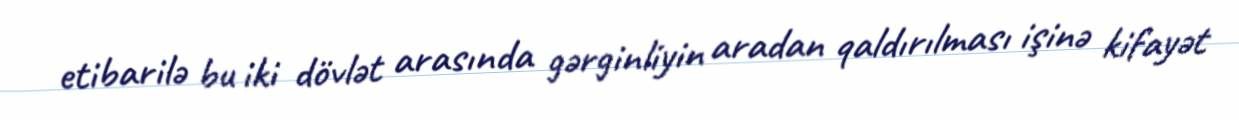
etibarilə bu iki dövlət arasında gərginliyin aradan qaldırılması işinə kifayət